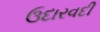
ઉદારવદી